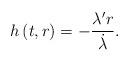
LaTeX: \begin{align*} h\left( t,r \right)=- \frac{{\lambda }'r}{{\dot{\lambda }}}.\end{align*}